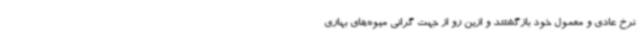
نرخ عادی و معمول خود بازگشتند و ازین رو از جهت گرانی میوه‌های بهاری